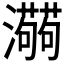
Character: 𱪑